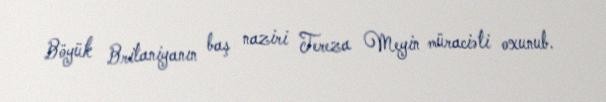
Böyük Britaniyanın baş naziri Tereza Meyin müraciəti oxunub.